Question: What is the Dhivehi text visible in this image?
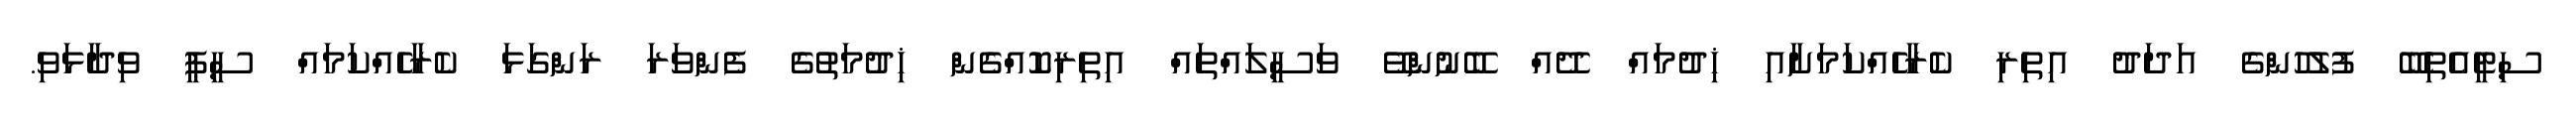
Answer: ސިޓީއެތިބޭ ފުލުހުންގެ އަދަދު އިތިރި ކެރާހެއްކަމަށާއި ޚިދުމައް ދޭއް ބޭނުންވޭ ވަސީލައްތައް އިތިރިކޮއްގެން ޚިދުމަތުގެ ފެންވަރަ ރަންގަޅަ ކެރާހެއްކަމައް ސީޕީ ވިދާޅަވި.